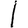
Digit: 1